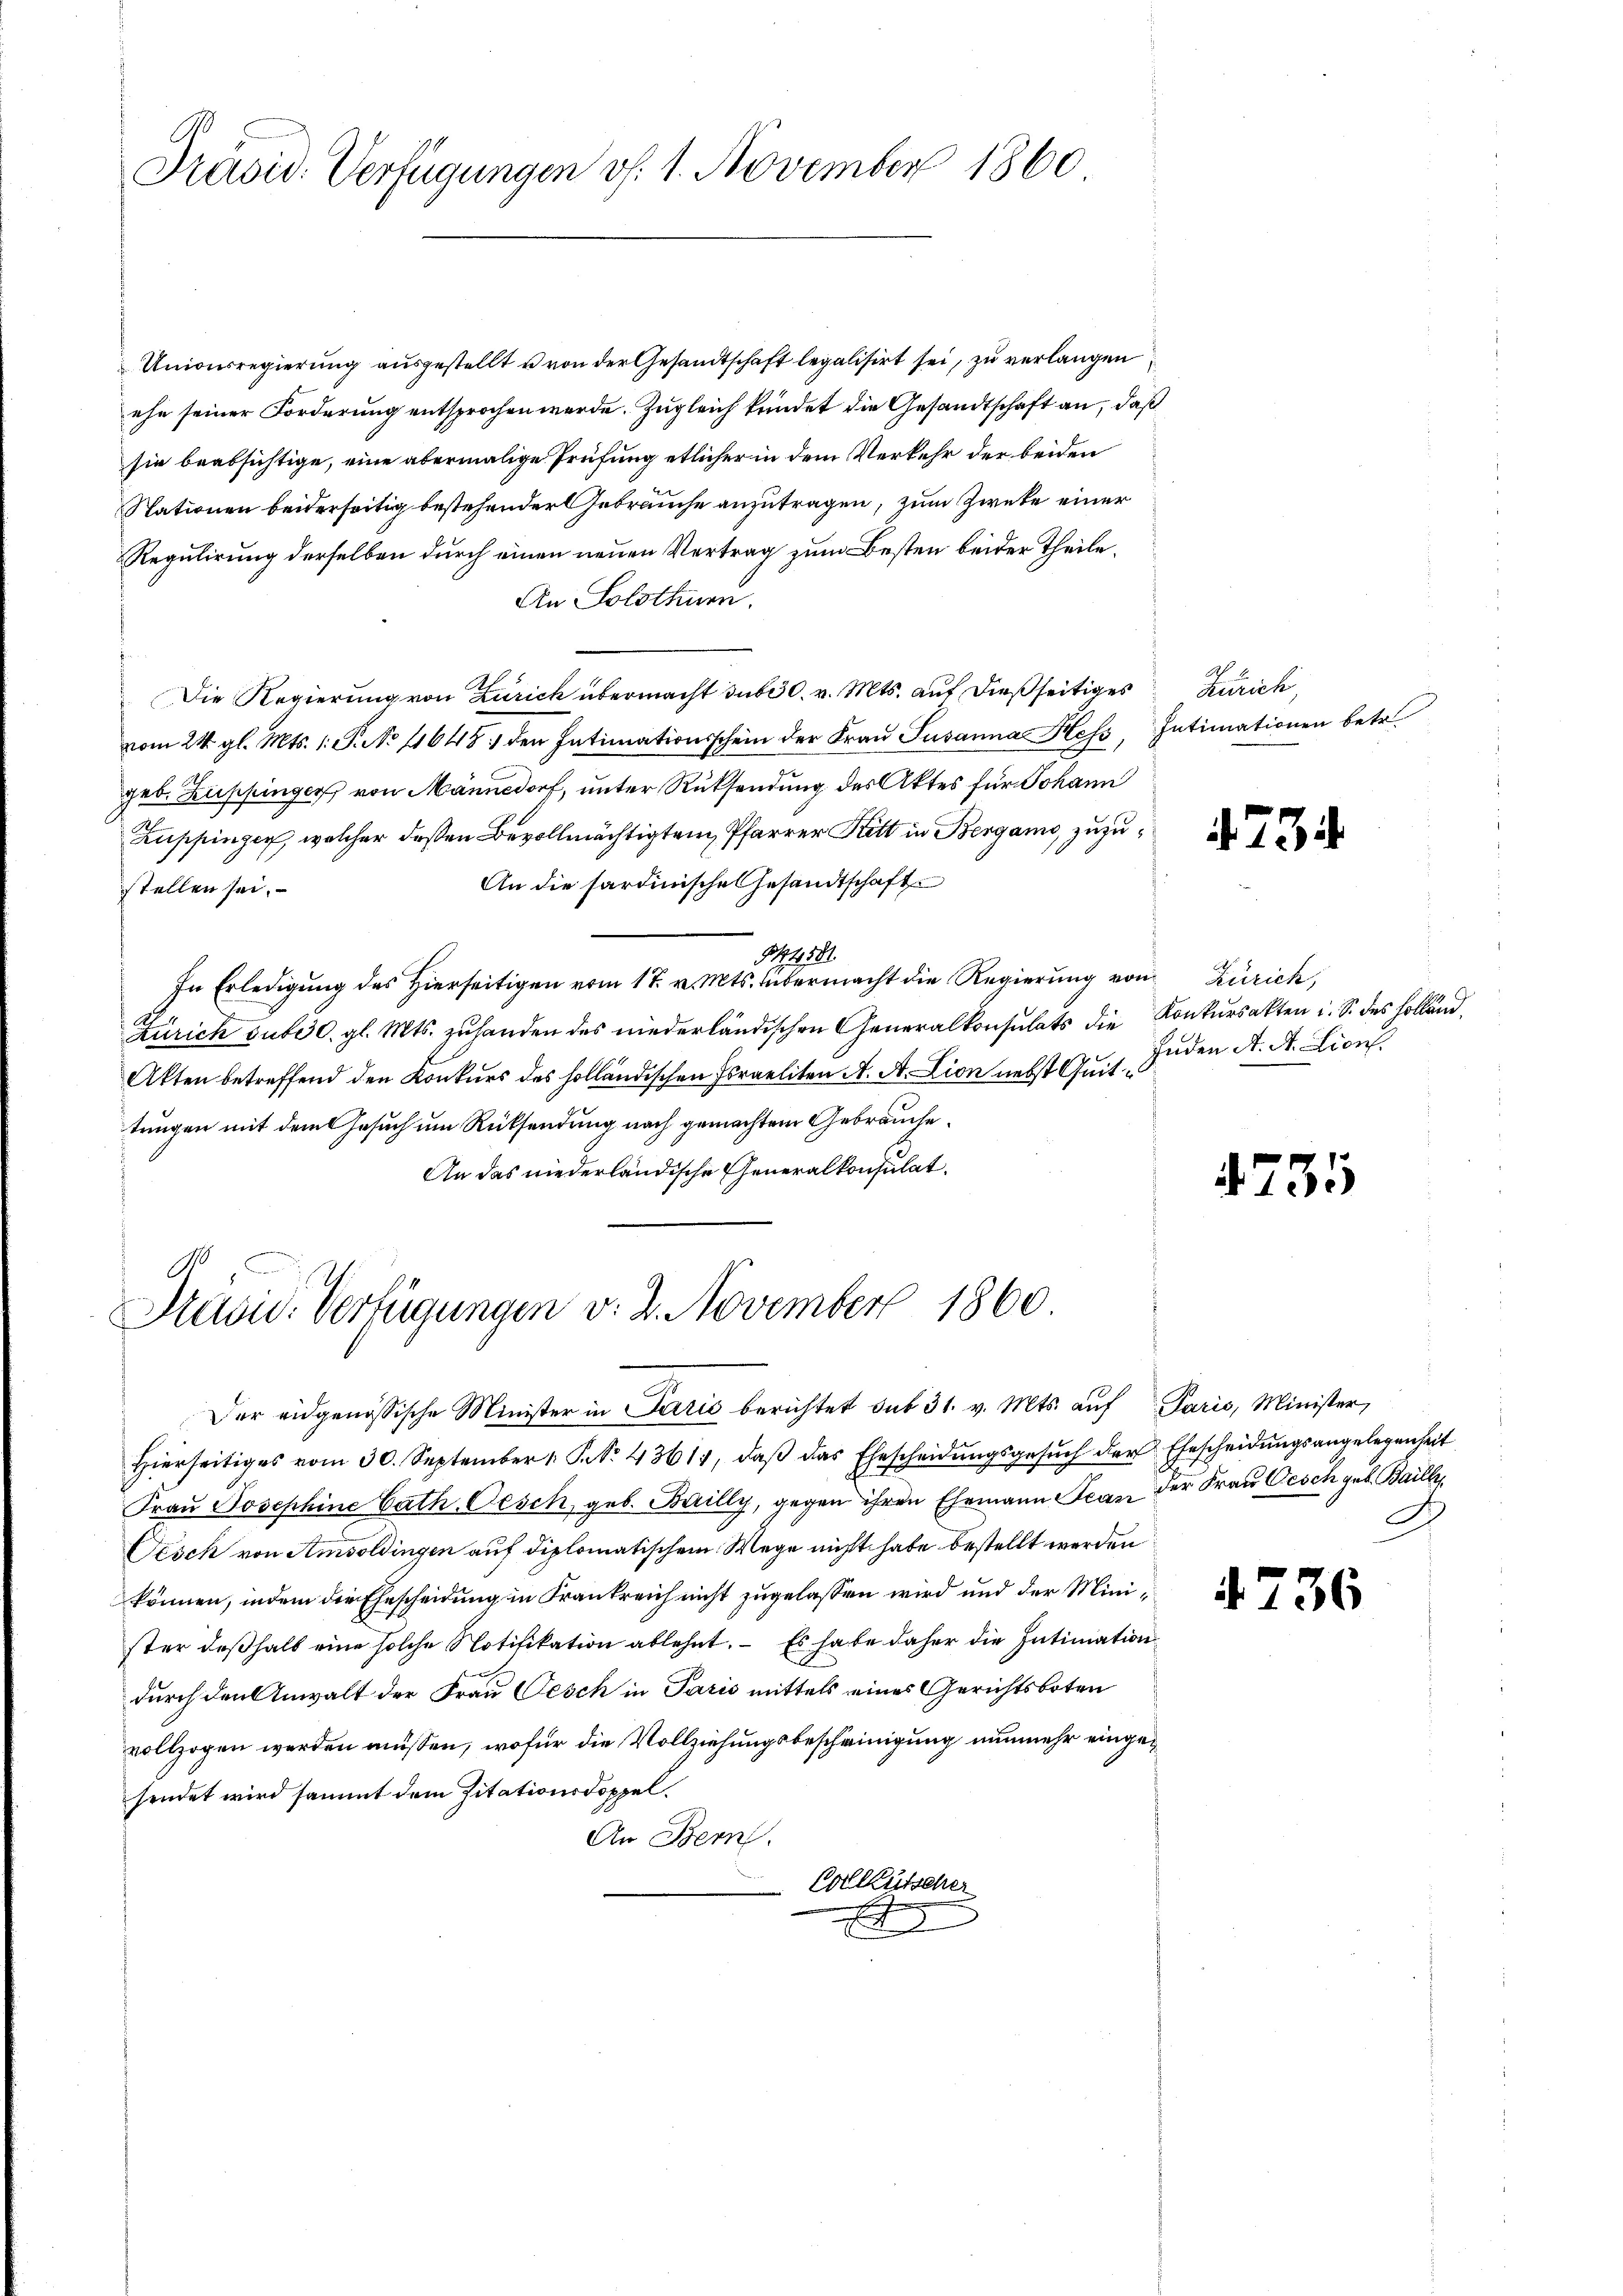
Präsid. Verfügungen v. 1. November 1860

Unionsregierung aŭsgestellt u von der Gesandtschaft legalisirt sei, zu verlangen.
ehe seiner Forderung entsprochen werde. Zugleich krindet die Gesandtschaft an, daß
sie beabsichtige, eine abermalige Prüfung etlicher in dem Verkehr der beiden
Stationen beiderseitig bestehender Gebrauche anzutragen, zum Zwecke einer
Regulirung derselben durch einen neuen Vertrag zum Besten beider Theile.
An Solothurn.
Die Regierung von Zürich übermacht du630. v. Mts. auf dießseitiges
vom 24. gl. Mts. 1. P. No 11645 den Intimationsschein der Fraŭ Susanna Hess Intimationen betr.
geb. Zuppinger von Männedorf, unter Rücksendung des Aktes für Johann
Zuppinger, welcher deßen Bevollmächtigten, Pfarrer Kitt in Bergamo, zuzu¬
An die sardinische Gesandtschaft
stellen sei.
§41581.
In Erledigung des Hierseitigen vom 17. v. Mts. übermacht die Regierung von Zürich,
Zürich subod. gl. Mts. zuhanden des niederländischen Generalkonsulats die Konkursakten u. S. des Holländ
Atten betreffend den Konkurs des holländischen Israeliten A. A. Lion nebst Quittungen mit dem Gesuch um Rücksendung nach gemachtem Gebrauche.
An das niederländische Generalkonsulat

.
Präsid. Verfügungen v. 2. November 1860.

Kuruck,

Der eidgenössische Minister in Paris berichtet sub 31. v. Mts. auf Paris, Minister,
hierseitiges vom 30. September 1. P. No. 43611, daβ das Ehescheidŭngsgesŭch der Ehescheidŭngsangelegenheit
Fraŭ Josephine Cath. Oesch, geb. Bailly, gegen ihren Ehemann Scan der Frau Gesch geb. Bailler
Oesch von Amsoldingen auf diplomatischem Wege nicht habe bestellt werden
können, indem die Ehescheidung in Frankreich nicht zugelassen wird und der Minister deßhalb eine solche Notifikation ablehnt. – Es habe daher die Intimation
durch den Anwalt der Frau Oesch in Paris mittels eines Gerichtsboten
vollzogen werden müssen, wofür die Vollziehungsbescheinigung nunmehr eingesendet wird sammt dem Pitationsdoppel.
An Bern.
Colkutscher
2

. 734.

Enden A. A. Lions.

755

A

4736